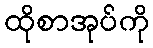
ထိုစာအုပ်ကို